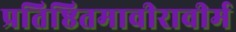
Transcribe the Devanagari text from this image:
प्रतिष्ठितमावीरावीर्म